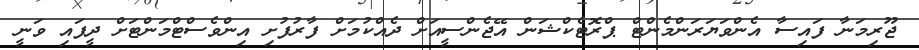
ޖޫރިމަނާ ފައިސާ އެންވަޔަރަންމެންޓް ޕްރޮޓެކްޝަން އޭޖެންސީއަށް ދެއްކުމަށް ފާރުފުށި އިންވެސްޓްމަންޓަށް ދީފައި ވަނީ